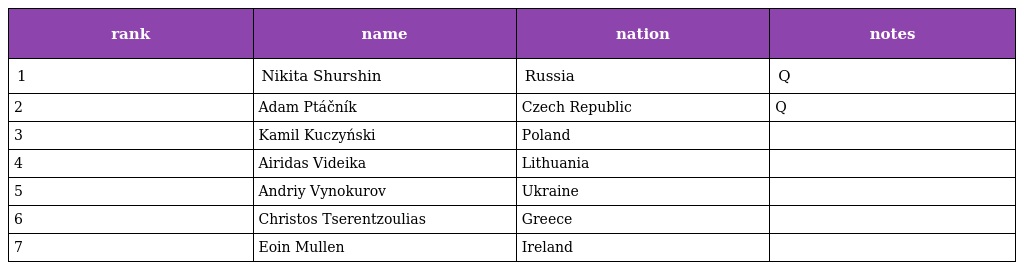
| rank | name | nation | notes |
 | --- | --- | --- | --- |
 | 1 | Nikita Shurshin | Russia | Q |
 | 2 | Adam Ptáčník | Czech Republic | Q |
 | 3 | Kamil Kuczyński | Poland |  |
 | 4 | Airidas Videika | Lithuania |  |
 | 5 | Andriy Vynokurov | Ukraine |  |
 | 6 | Christos Tserentzoulias | Greece |  |
 | 7 | Eoin Mullen | Ireland |  |